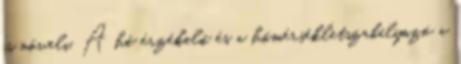
is növeli. A hő érzékelő és a hőmérsékletszabályozó a